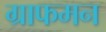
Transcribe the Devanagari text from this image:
ग्राफमन